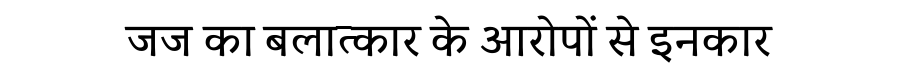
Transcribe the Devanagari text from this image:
जज का बलात्कार के आरोपों से इनकार